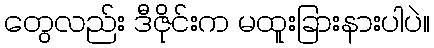
တွေလည်း ဒီဇိုင်းက မထူးခြားနားပါပဲ။